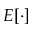
E [ \cdot ]